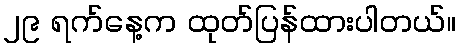
၂၉ ရက်နေ့က ထုတ်ပြန်ထားပါတယ်။